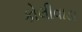
કોલીવાડા